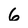
Character: 6